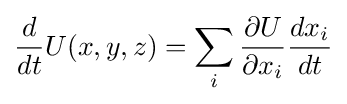
{\frac {d}{dt}}U(x,y,z)=\sum _{i}{\frac {\partial U}{\partial x_{i}}}{\frac {dx_{i}}{dt}}